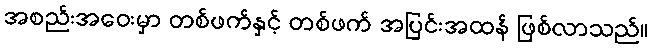
အစည်းအဝေးမှာ တစ်ဖက်နှင့် တစ်ဖက် အပြင်းအထန် ဖြစ်လာသည်။